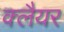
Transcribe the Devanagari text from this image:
क्लैयर